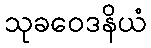
သုခဝေဒနိယံ